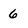
Character: 6